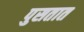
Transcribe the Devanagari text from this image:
पुसतात